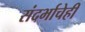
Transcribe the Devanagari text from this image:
संदर्भाचेही